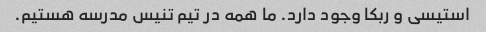
استیسی و ربکا وجود دارد. ما همه در تیم تنیس مدرسه هستیم.